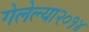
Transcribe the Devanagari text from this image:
गेलेल्या२०१४